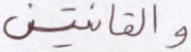
والقانتين